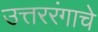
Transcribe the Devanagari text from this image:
उत्तररंगाचे